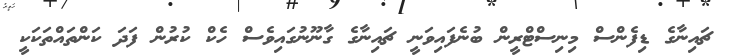
ޗައިނާގެ ޑިފެންސް މިނިސްޓްރީން ބުނެފައިވަނީ ޗައިނާގެ ގާނޫނުގައިވެސް ހެކް ކުރުން ފަދަ ކަންތައްތަކަކީ